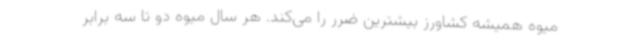
میوه همیشه کشاورز بیشترین ضرر را می‌کند. هر سال میوه‌ دو تا سه برابر